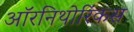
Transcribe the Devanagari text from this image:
ऑरनिथोरिंकस